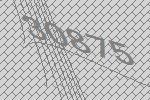
30875